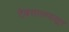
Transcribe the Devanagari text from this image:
टेक्सासपासून